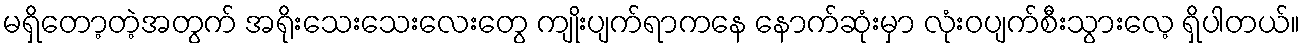
မရှိတော့တဲ့အတွက် အရိုးသေးသေးလေးတွေ ကျိုးပျက်ရာကနေ နောက်ဆုံးမှာ လုံးဝပျက်စီးသွားလေ့ ရှိပါတယ်။